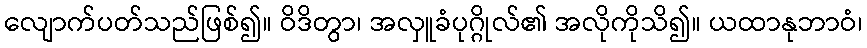
လျောက်ပတ်သည်ဖြစ်၍။ ဝိဒိတွာ၊ အလှူခံပုဂ္ဂိုလ်၏ အလိုကိုသိ၍။ ယထာနုဘာဝံ၊